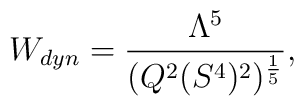
W_{dyn}=\frac{\Lambda^5}{(Q^2(S^4)^2)^{\frac{1}{5}}},